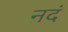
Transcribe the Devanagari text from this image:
नदं